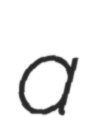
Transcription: a